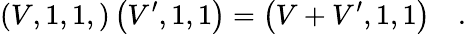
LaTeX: \left(V,1,1,\right)\left(V^{\prime},1,1\right)=\left(V+V^{\prime},1,1\right)\quad.